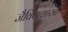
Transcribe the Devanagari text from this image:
जैविकशास्त्री